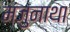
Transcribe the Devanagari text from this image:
मंजुनाथा